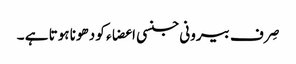
صِرف بیرونی جنسی اعضاء کو دھونا ہوتا ہے ۔